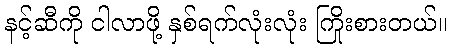
နင့်ဆီကို ငါလာဖို့ နှစ်ရက်လုံးလုံး ကြိုးစားတယ်။